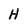
Character: H